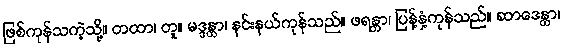
ဖြစ်ကုန်သကဲ့သို့။ တထာ၊ တူ။ မဒ္ဒန္တာ၊ နင်းနယ်ကုန်သည်။ ဖရန္တာ၊ ပြန့်နှံ့ကုန်သည်။ ဆာဒေန္တာ၊